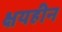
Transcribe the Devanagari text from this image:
क्षयहीन